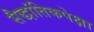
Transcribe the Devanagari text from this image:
सैद्धांतिकपेक्षा